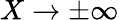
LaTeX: X\to\pm\infty